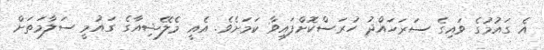
އެ ގައުމުގެ ވައިގެ ސަރަހައްދު ހުރަސްކޮށްފައިވާ ކަމަށެވެ. އެއީ މެލޭޝިއާގެ ގައުމީ ސަލާމަތަށް